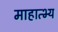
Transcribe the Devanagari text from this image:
माहात्भ्य